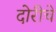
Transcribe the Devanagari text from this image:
दोरीचे